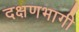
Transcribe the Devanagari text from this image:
दक्षणभागी